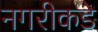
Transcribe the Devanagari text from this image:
नगरीकडे